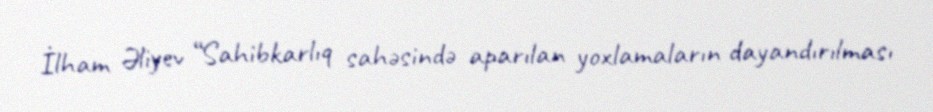
İlham Əliyev “Sahibkarlıq sahəsində aparılan yoxlamaların dayandırılması